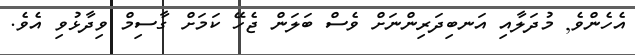
އެެހެންވެ